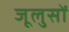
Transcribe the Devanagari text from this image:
जूलुसों